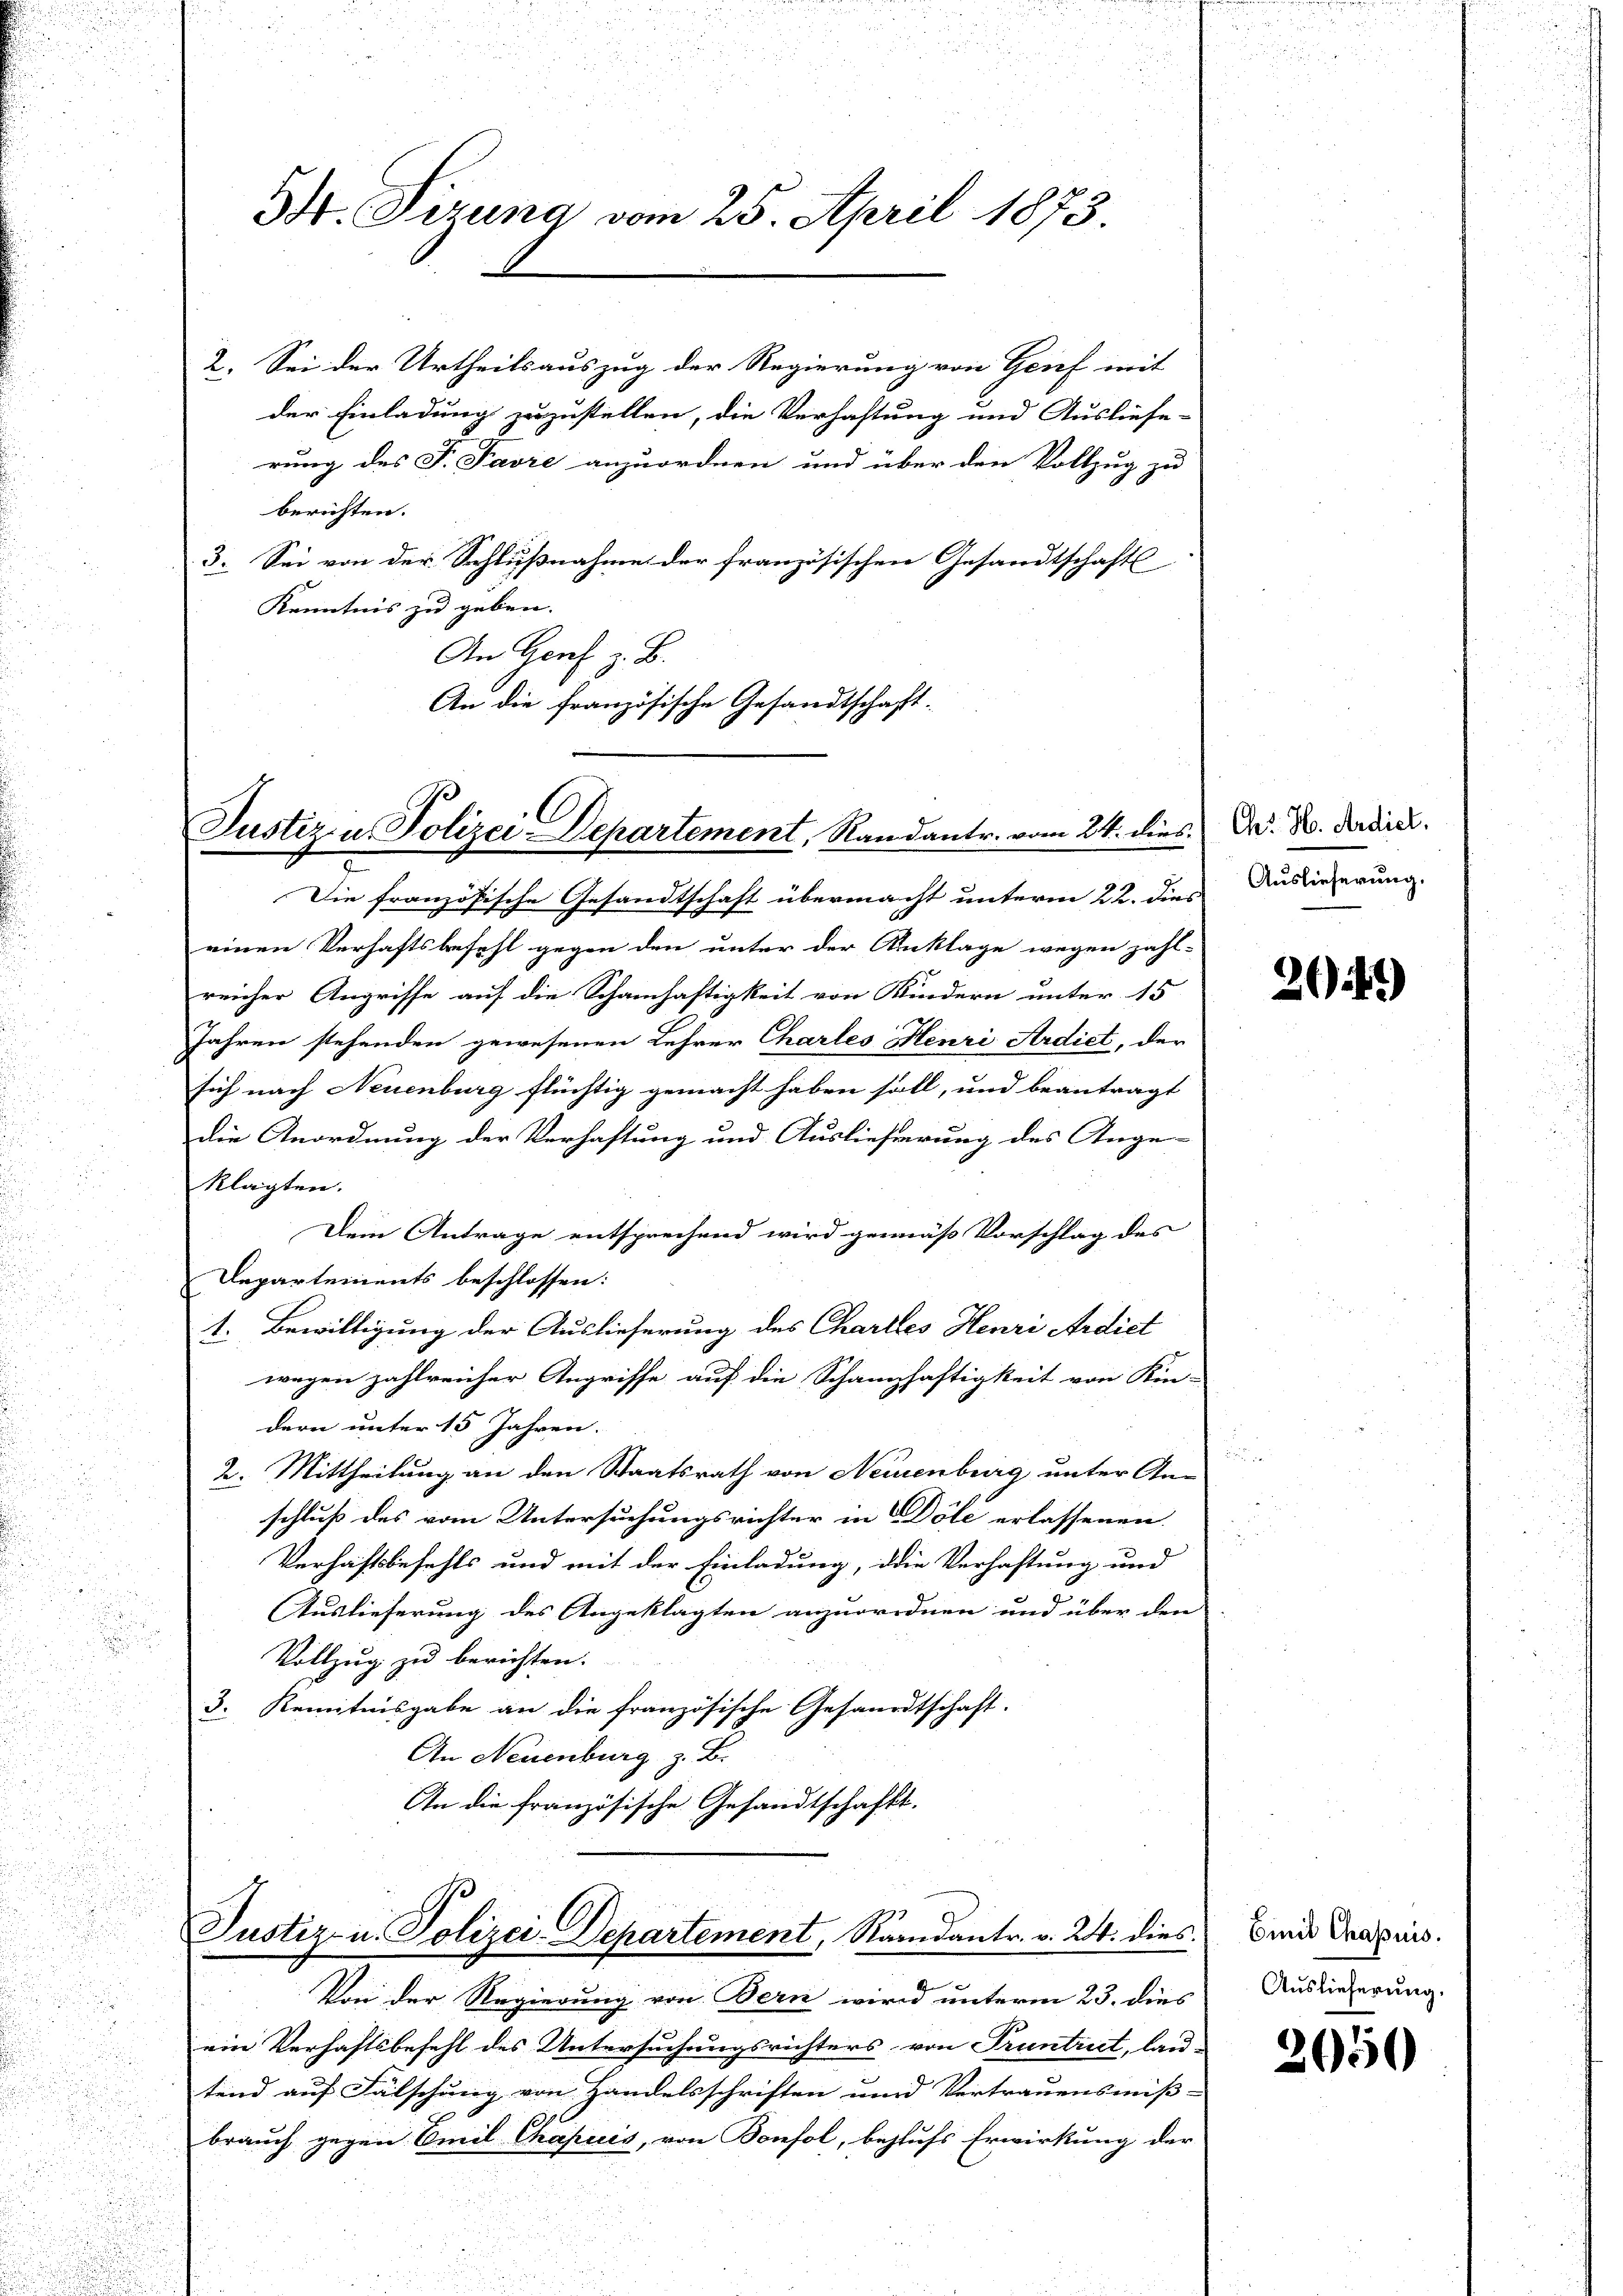
.
n

34. Tiruna vom 25. April 1873.

2. Sei der Urtheilsauszug der Regierung von Genf mit
der Einladung zuzustellen, die Verhaftung und Ausliefe-
rung des F. Favre anzuordnen und über den Vollzug zu
berichten. |
3. Sei von der Schlußnahme der französischen Gesandtschafts
Kenntnis zu geben.
An Genf z. B.
An die französische Gesandtschaft.

Justiz u. Polizei-Departement, Randantr. vom 24. dies

Die französische Gesandtschaft übermacht unterm 22. dies
einen Verhaftsbefehl gegen den unter der Anklage wegen zahl-
reicher Angriffe auf die Schamhaftigkeit von Kindern unter 15
Jahren stehenden gewesenen Lehrer Charles Henri Ardict, der
sich nach Neuenburg flüchtig gemacht haben soll, und beanträgt |
die Anordnung der Verhaftung und Auslieferung des Ange-
klagten.
Dem Antrage entsprechend wird gemäß Vorschlag des
Departements beschlossen:
1. Bewilligung der Auslieferung des Chartes Henri Ardict
wegen zahlreicher Angriffe auf die Schanzhaftigkeit von Kin-
dern unter 15 Jahren.
2. Mittheilung an den Staatsrath von Neuenburg unter An-
schluß des vom Untersuchungsrichter in Döle erlassenen
Verhaftsbefehls und mit der Einladung, die Verhaftung und
Auslieferung des Angeklagten anzuordnen und über den
d

Vollzug zu berichten.
3. Kenntnisgabe an die französische Gesandtschaft.
An Neuenburg z. B.
An die französische Gesandtschafts-

Justiz- u. Polizei-Departement, Randantr. v. 24. dies

Von der Regierung von Bern wird unterm 23. dies
ein Verhaftsbefehl des Untersuchungsrichters von Truntrict, lau-
tend auf Fälschung von Handelsschriften und Vertrauensmiß-
brauch gegen Emil Chapuis, von Bonfol, behufs Erwirkung der

Ge: H. Ardicl.
Auslieferung.

.

204.)

Einil Chapuis.
Auslieferung.

2650